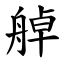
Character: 䑲